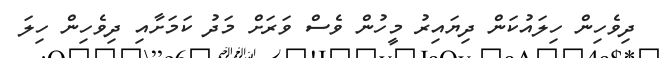
ދިވެހިން ހިލައުކަން ދިޔައިރު މީހުން ވެސް ވަރަށް މަދު ކަމަށާއި ދިވެހިން ހިލަ